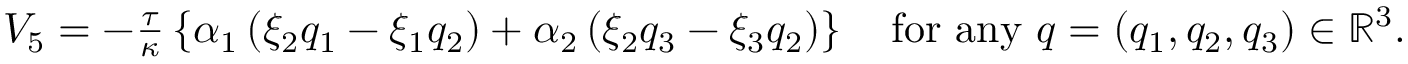
\begin{array} { r } { V _ { 5 } = - \frac { \tau } { \kappa } \left\lbrace \alpha _ { 1 } \left( \xi _ { 2 } q _ { 1 } - \xi _ { 1 } q _ { 2 } \right) + \alpha _ { 2 } \left( \xi _ { 2 } q _ { 3 } - \xi _ { 3 } q _ { 2 } \right) \right\rbrace \quad \mathrm { f o r ~ a n y } ~ q = ( q _ { 1 } , q _ { 2 } , q _ { 3 } ) \in \mathbb { R } ^ { 3 } . } \end{array}